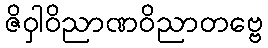
ဇိဝှါဝိညာဏဝိညာတဗ္ဗေ